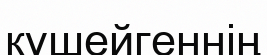
күшейгеннің